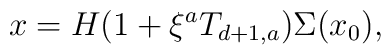
x=H(1+\xi^aT_{d+1,a})\Sigma(x_0),